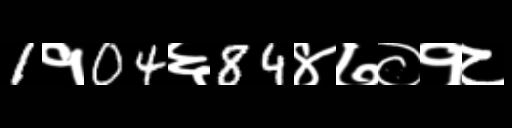
Text: 1१04६84४७०१८